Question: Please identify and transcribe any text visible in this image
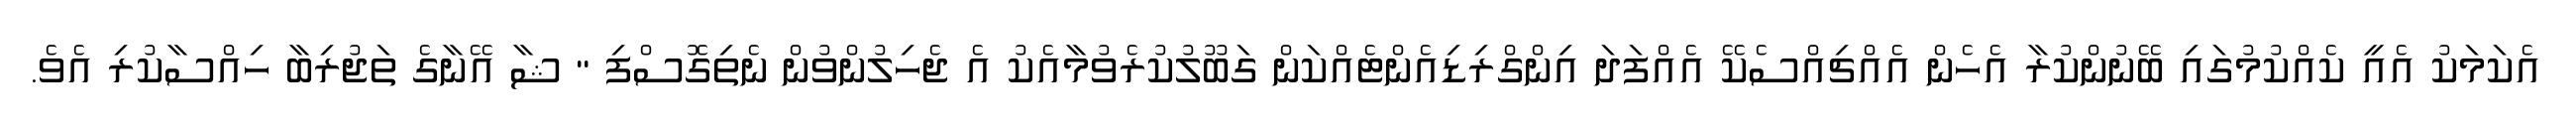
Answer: އެކަމަކު އެއީ ކެއްކުމުގައި ބޭނުންކުރާ އެހެން އެއްޗިއްސެކޭ އެއްފަދަ އިންގްރިޑިއެންޓެއްކަން ގަބޫލުކުރެވުމާއެކު އެ ޖެހިލުންވުން ނެތިގޮސްފި " ޝާ އޭނާގެ ތަޖުރިބާ ހިއްސާކުރި އެވެ.